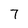
Character: 7